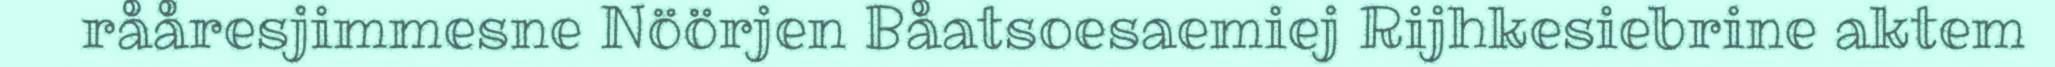
rååresjimmesne Nöörjen Båatsoesaemiej Rijhkesiebrine aktem